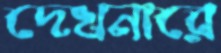
দেখনারে